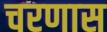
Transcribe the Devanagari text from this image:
चरणास